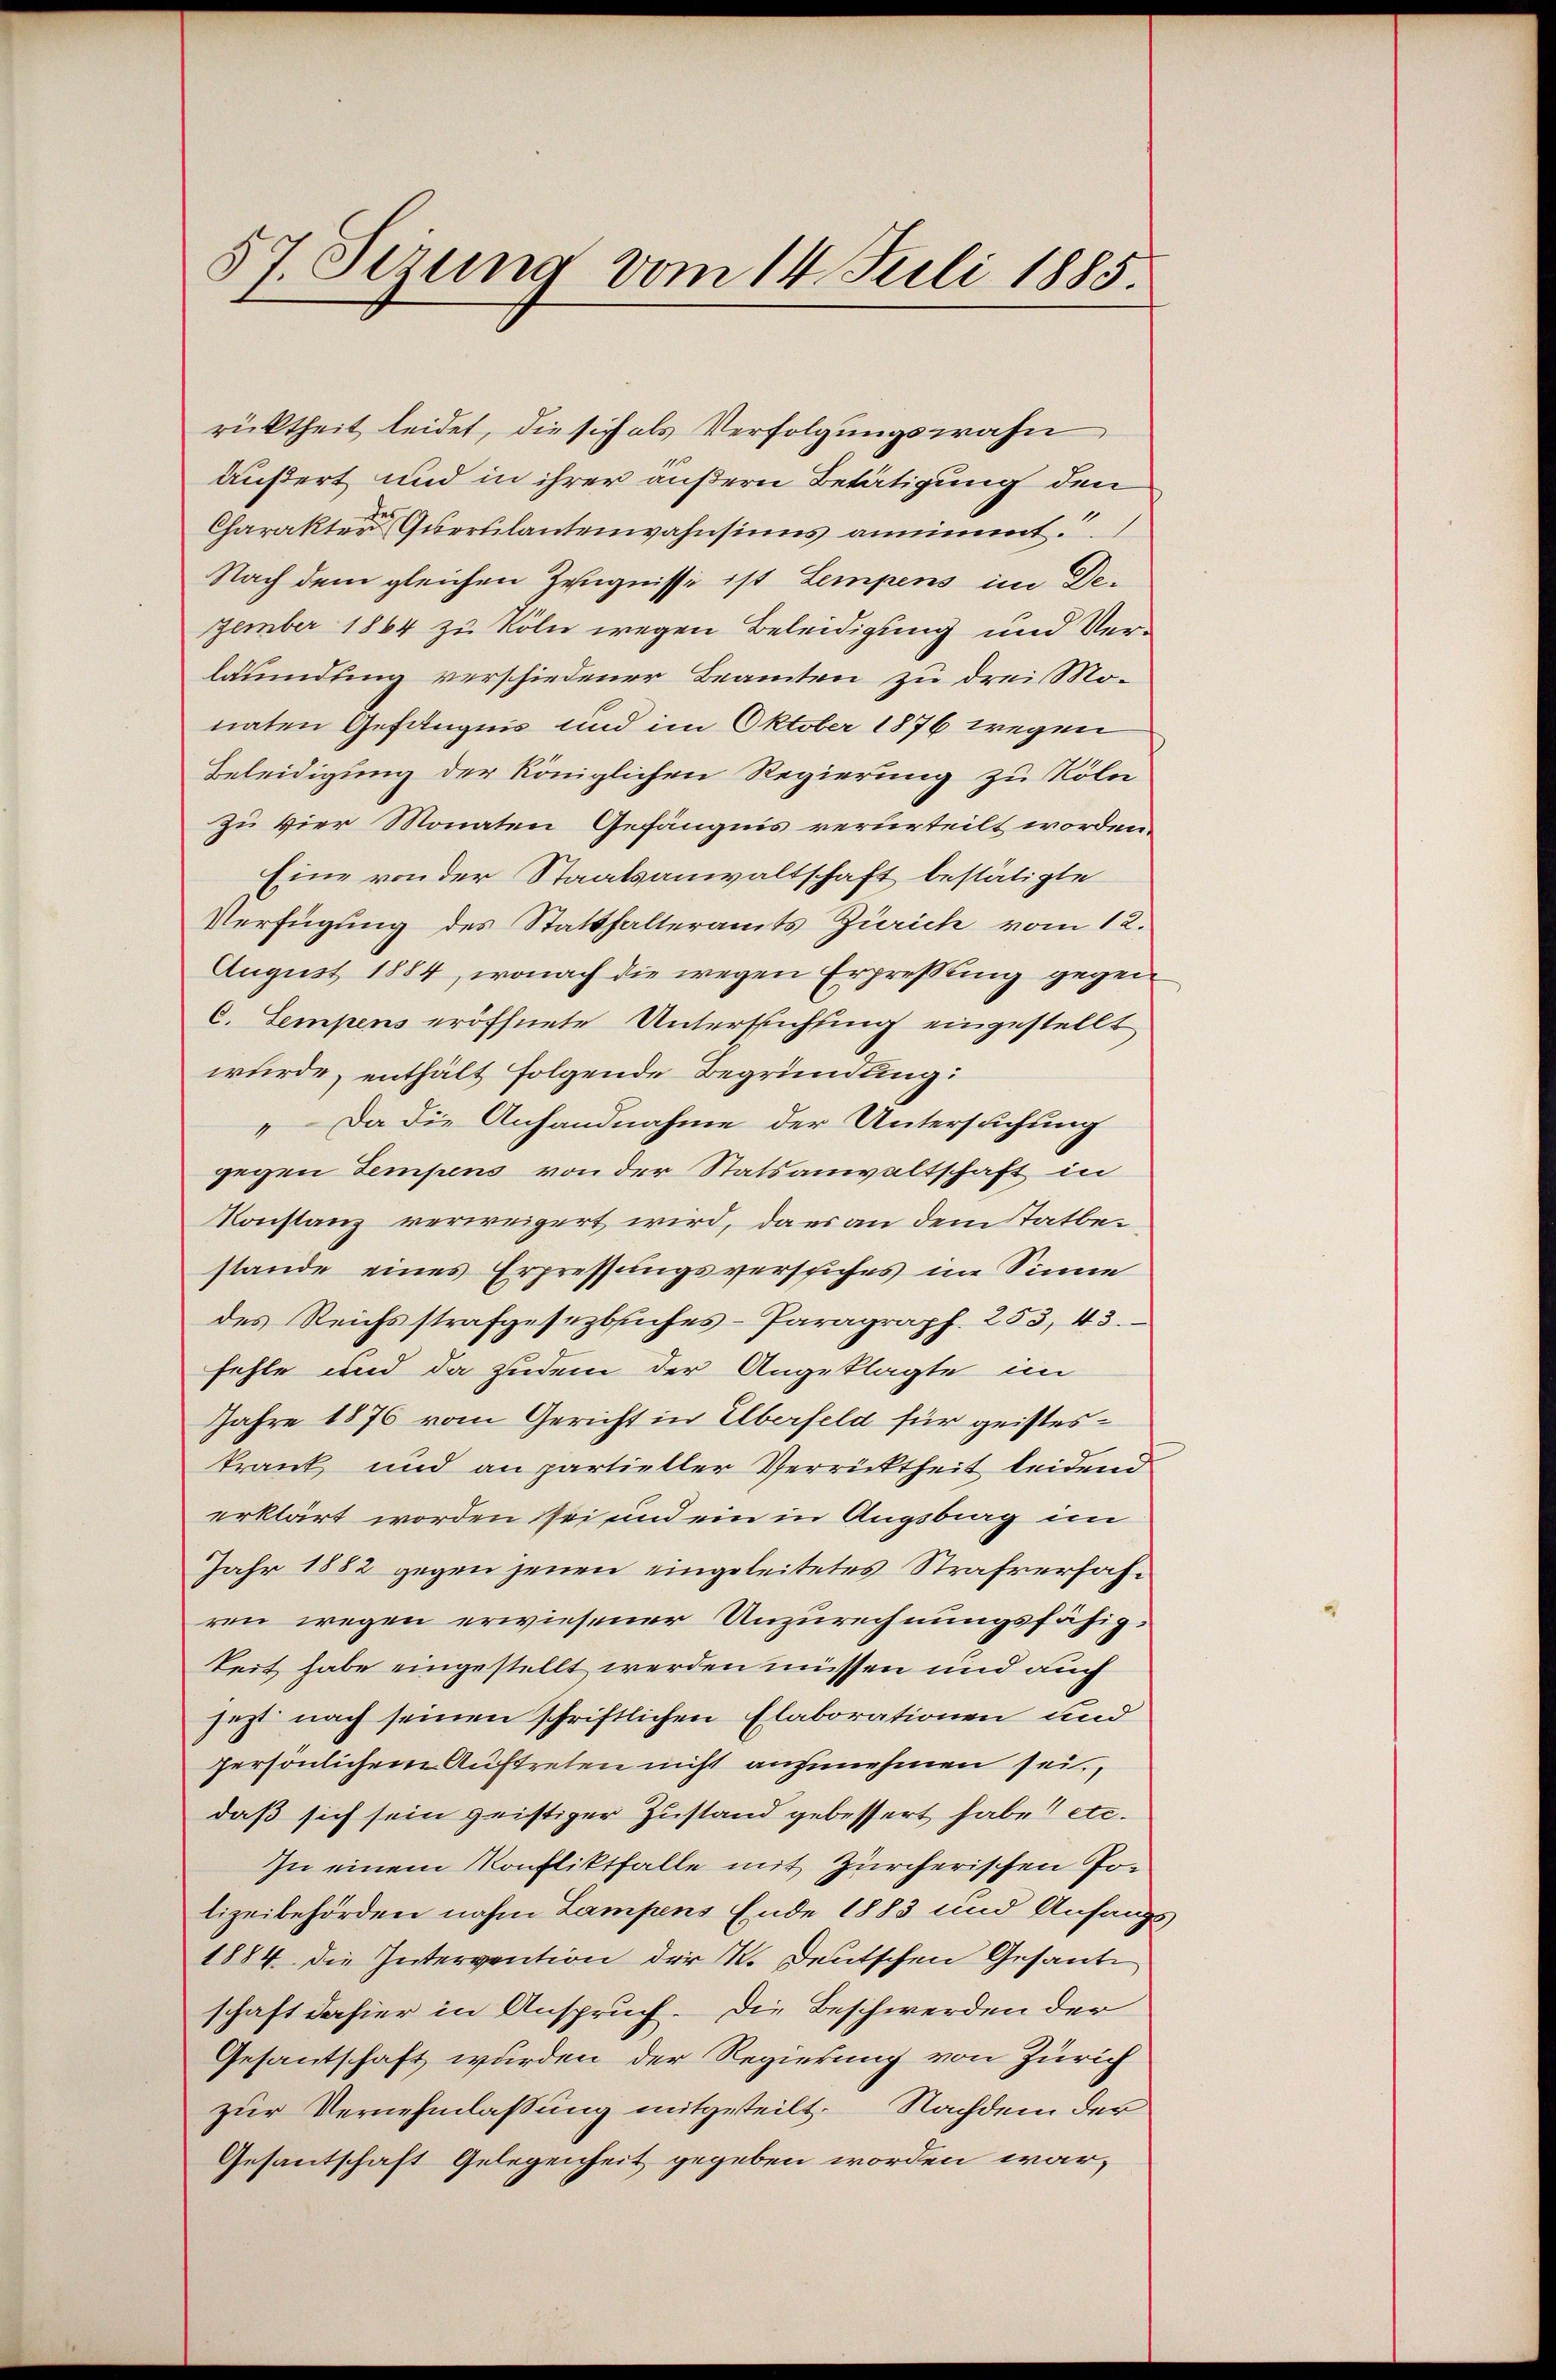
57. Sizung vom 14. Juli 1885.

rücktheit leidet, die sich als Verfolgungswahn
äußert und in ihrer äußern Betätigung den
Charakter Querulantenwahnsinns annimmt.
Nach dem gleichen Zeugnisse ist Lempens im De-
zember 1864 zu Köln wegen Beleidigung und Verläumdung verschiedener Beamten zu drei Monaten Gefängnis und im Oktober 1876 wegen
Beleidigung der königlichen Regierung zu Röln
zu vier Monaten Gefängnis verurteilt worden.
Eine von der Staatsanwaltschaft bestätigte
Verfügung des Statthalteramts Zürich vom 12.
August 1884, wonach die wegen Erpressung gegen
C. Sempens eröffnete Untersuchung eingestellt
würde, enthält folgende Begründung:
„Da die Anhandnahme der Untersuchung
gegen Tempens von der Statsanwaltschaft in
Konstanz verweigert wird, da es an dem Tatbestande eines Erpressungsversiches im Sinne
des Reichsstrafgesetzbuches-Paragraph. 253, 43.
fehle und da zudem der Angeklagte im
Jahre 1876 vom Gericht in Elberfeld für geisteskrank und an partieller Verrücktheit leidend
erklärt worden sei und ein in Augsbrag im
Jahr 1882 gegen jenen eingeleitetes Strafverfahren wegen erwiesener Unzurechnungsfähig.
keit habe eingestellt werden müssen und auch
jezt nach seinen schriftlichen Elaborationen und
persönlichem Auftreten nicht anzunehmen sei.
daß sich sein geistiger Zustand gebessert habe etc.
In einem Konfliktfalle mit Zürcherischen Polizeibehörden nahm Lampens Ende 1883 und Anfang
1884 die Intervention der K. Deutschen Gesante
schaft dahier in Anspruch. Die Beschwerden der
Gesandtschaft wurden der Regierung von Zürich
zur Vernehmlassung mitgeteilt. Nachdem der
Gesantschaft Gelegenheit gegeben worden war,